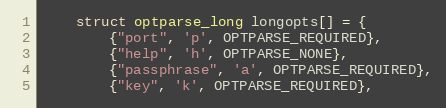
Language: C++
    struct optparse_long longopts[] = {
        {"port", 'p', OPTPARSE_REQUIRED},
        {"help", 'h', OPTPARSE_NONE},
        {"passphrase", 'a', OPTPARSE_REQUIRED},
        {"key", 'k', OPTPARSE_REQUIRED},